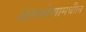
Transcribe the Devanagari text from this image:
अंडकोशामधील